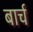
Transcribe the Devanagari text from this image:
बार्च